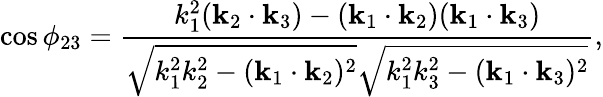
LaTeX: \cos\phi_{23}=\frac{k_{1}^{2}(\textbf{k}_{2}\cdot\textbf{k}_{3})-(\textbf{k}_{1}\cdot\textbf{k}_{2})(\textbf{k}_{1}\cdot\textbf{k}_{3})}{\sqrt{k_{1}^{2}k_{2}^{2}-(\textbf{k}_{1}\cdot\textbf{k}_{2})^{2}}\sqrt{k_{1}^{2}k_{3}^{2}-(\textbf{k}_{1}\cdot\textbf{k}_{3})^{2}}},